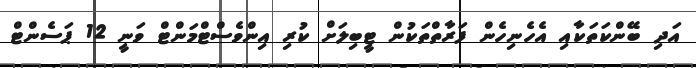
އަދި ބޭންކަތަކާއި އެހެނިހެން ފަރާތްތަކުން ޓީބިލަށް ކުރި އިންވެސްޓްމަންޓް ވަނީ 12 ޕަސެންޓް